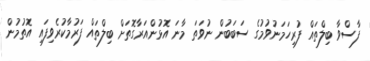
ފާސްވާ ބިލްތައް ފުރިހަމަނުވުމުގެ ސަބަބުން ނުވަތަ މާނަ އޮޅުންއަރާގޮތަށް ބިލްތައް ފަރުމާކުރެވިފައި އޮތުމުން